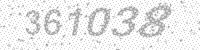
Solution: 361038